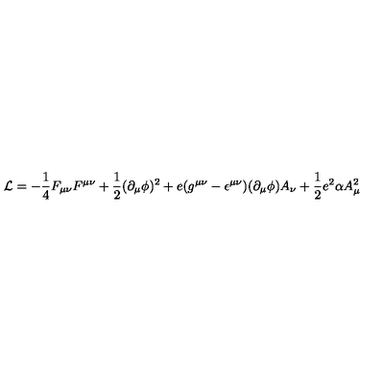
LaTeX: { \cal L } = - \frac { 1 } { 4 } F _ { \mu \nu } F ^ { \mu \nu } + \frac { 1 } { 2 } ( \partial _ { \mu } \phi ) ^ { 2 } + e ( g ^ { \mu \nu } - \epsilon ^ { \mu \nu } ) ( \partial _ { \mu } \phi ) A _ { \nu } + \frac { 1 } { 2 } e ^ { 2 } \alpha A _ { \mu } ^ { 2 }